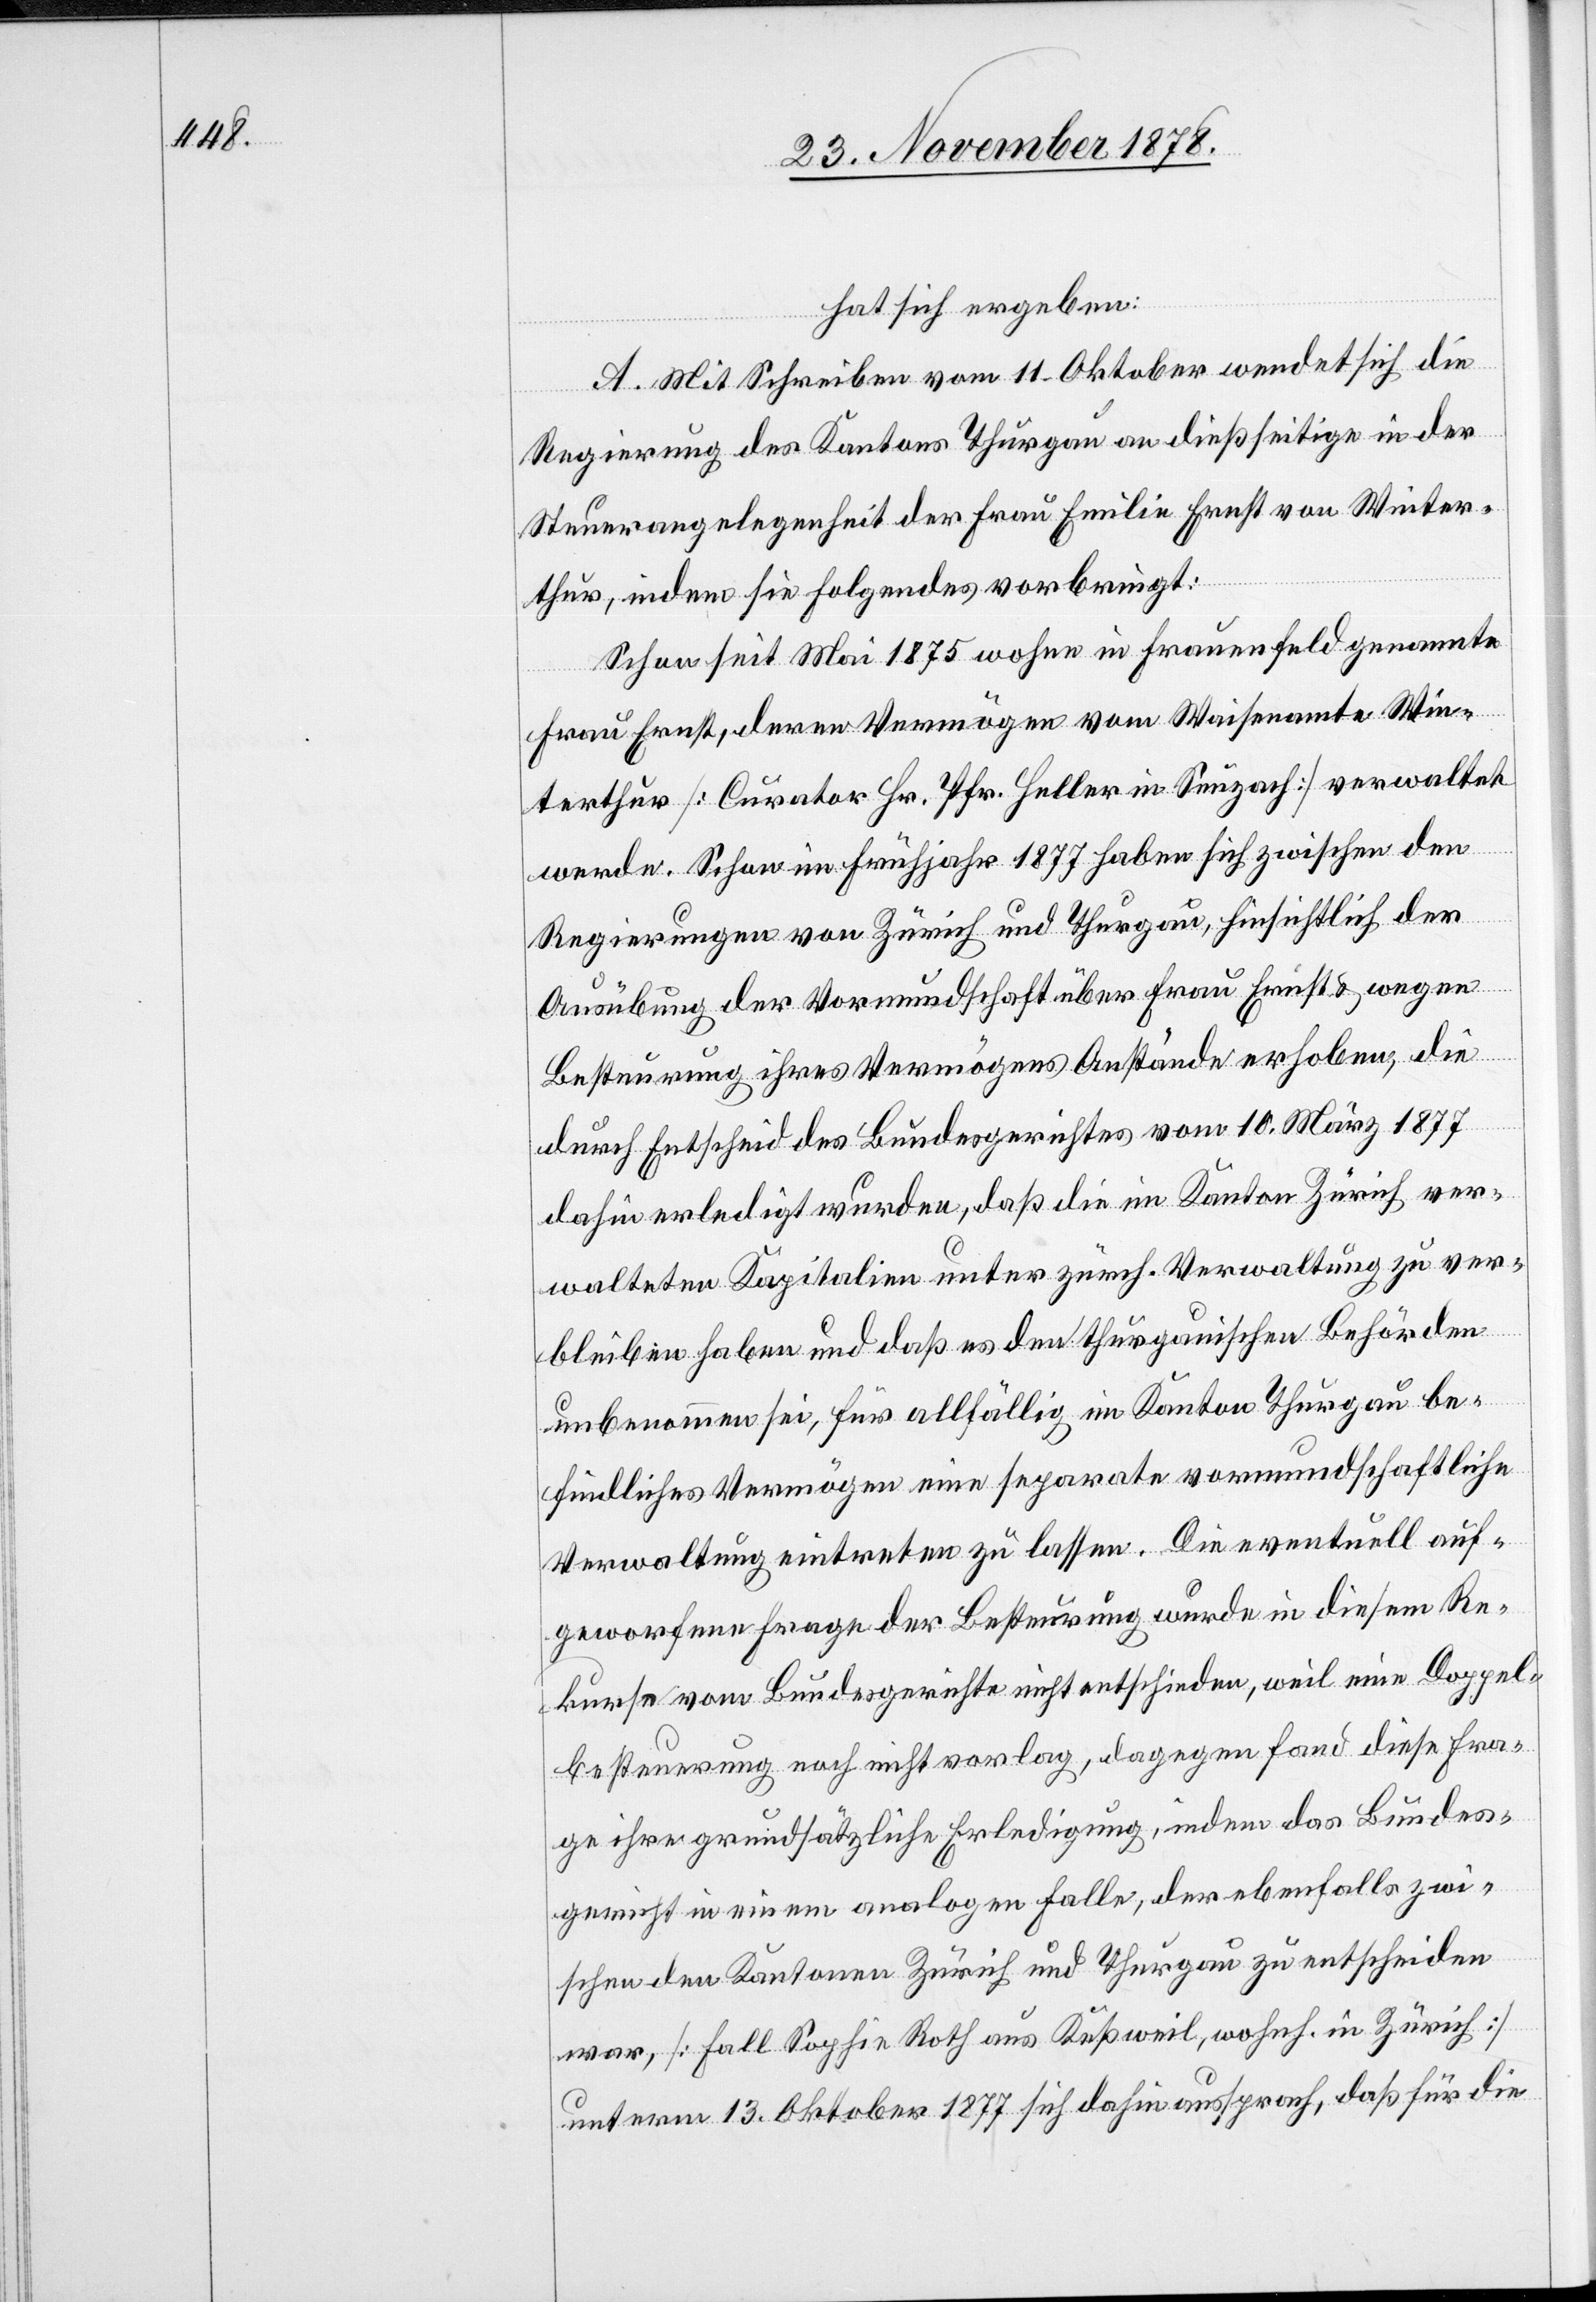
hat sich ergeben:
A. Mit Schreiben vom 11. Oktober wendet sich die
Regierung des Kantons Thurgau an dießseitige in der
Steuerangelegenheit der Frau Emilie Ernst von Winter¬
thur, indem sie folgendes vorbringt:
Schon seit Mai 1875 wohne in Frauenfeld genannte
Frau Ernst, deren Vermögen vom Waisenamte Win¬
terthur [Curator Hr. Pfr. Heller in Seuzach] verwaltet
werde. Schon im Frühjahr 1877 haben sich zwischen den
Regierungen von Zürich und Thurgau, hinsichtlich der
Ausübung der Vormundschaft über Frau Ernst & wegen
Besteuerung ihres Vermögens Anstände erhoben, die
durch Entscheid des Bundesgerichtes vom 10. März 1877
dahin erledigt wurden, daß die im Kanton Zürich ver¬
walteten Kapitalien unter zürch. Verwaltung zu ver¬
bleiben haben und daß es den thurgauischen Behörden
unbenommen sei, für allfällig im Kanton Thurgau be¬
findliches Vermögen eine separate vormundschaftliche
Verwaltung eintreten zu lassen. Die eventuell auf¬
geworfene Frage der Besteuerung wurde in diesem Re¬
kurse vom Bundesgerichte nicht entschieden, weil eine Doppel¬
besteuerung noch nicht vorlag, dagegen fand diese Fra¬
ge ihre grundsätzliche Erledigung, indem das Bundes¬
gericht in einem analogen Falle, der ebenfalls zwi¬
schen den Kantonen Zürich und Thurgau zu entscheiden
war, [Fall Sophie Roth aus Keßweil, wohnh. in Zürich]
unterm 13. Oktober 1877 sich dahin aussprach, daß für die